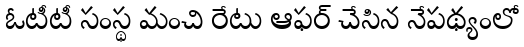
ఓటీటీ సంస్థ మంచి రేటు ఆఫర్ చేసిన నేపథ్యంలో